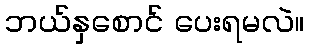
ဘယ်နှစောင် ပေးရမလဲ။